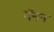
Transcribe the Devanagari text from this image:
गॅनन